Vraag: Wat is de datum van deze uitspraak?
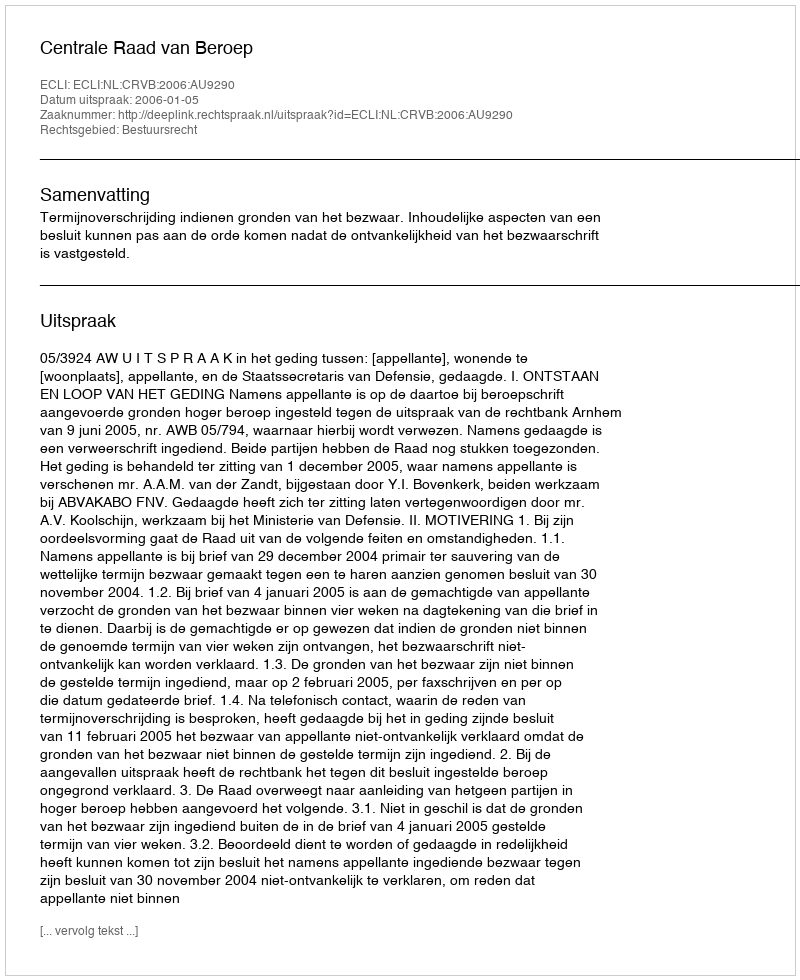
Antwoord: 2006-01-05